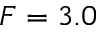
F = 3 . 0